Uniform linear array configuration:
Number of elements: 24
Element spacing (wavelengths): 0.5
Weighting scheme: hamming
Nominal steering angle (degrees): -60
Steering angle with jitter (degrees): -58.778
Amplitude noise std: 0.05
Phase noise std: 0.05

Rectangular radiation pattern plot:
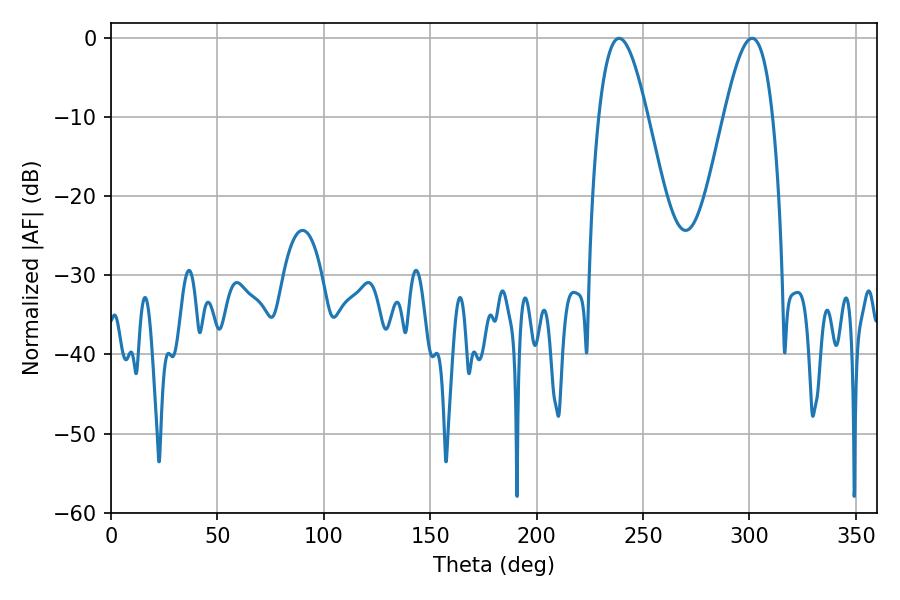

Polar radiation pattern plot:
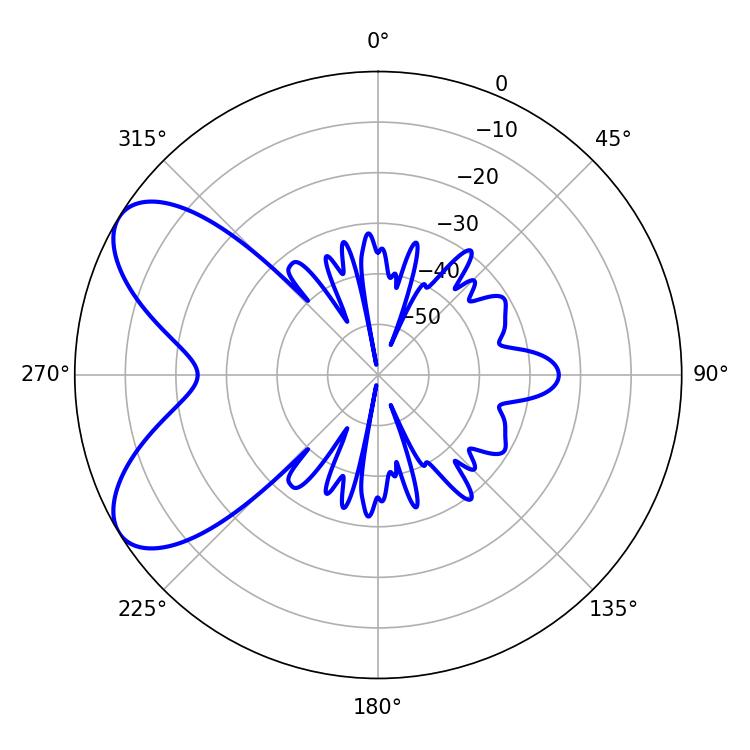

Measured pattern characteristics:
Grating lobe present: FALSE
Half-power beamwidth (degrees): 12.42
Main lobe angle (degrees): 238.68